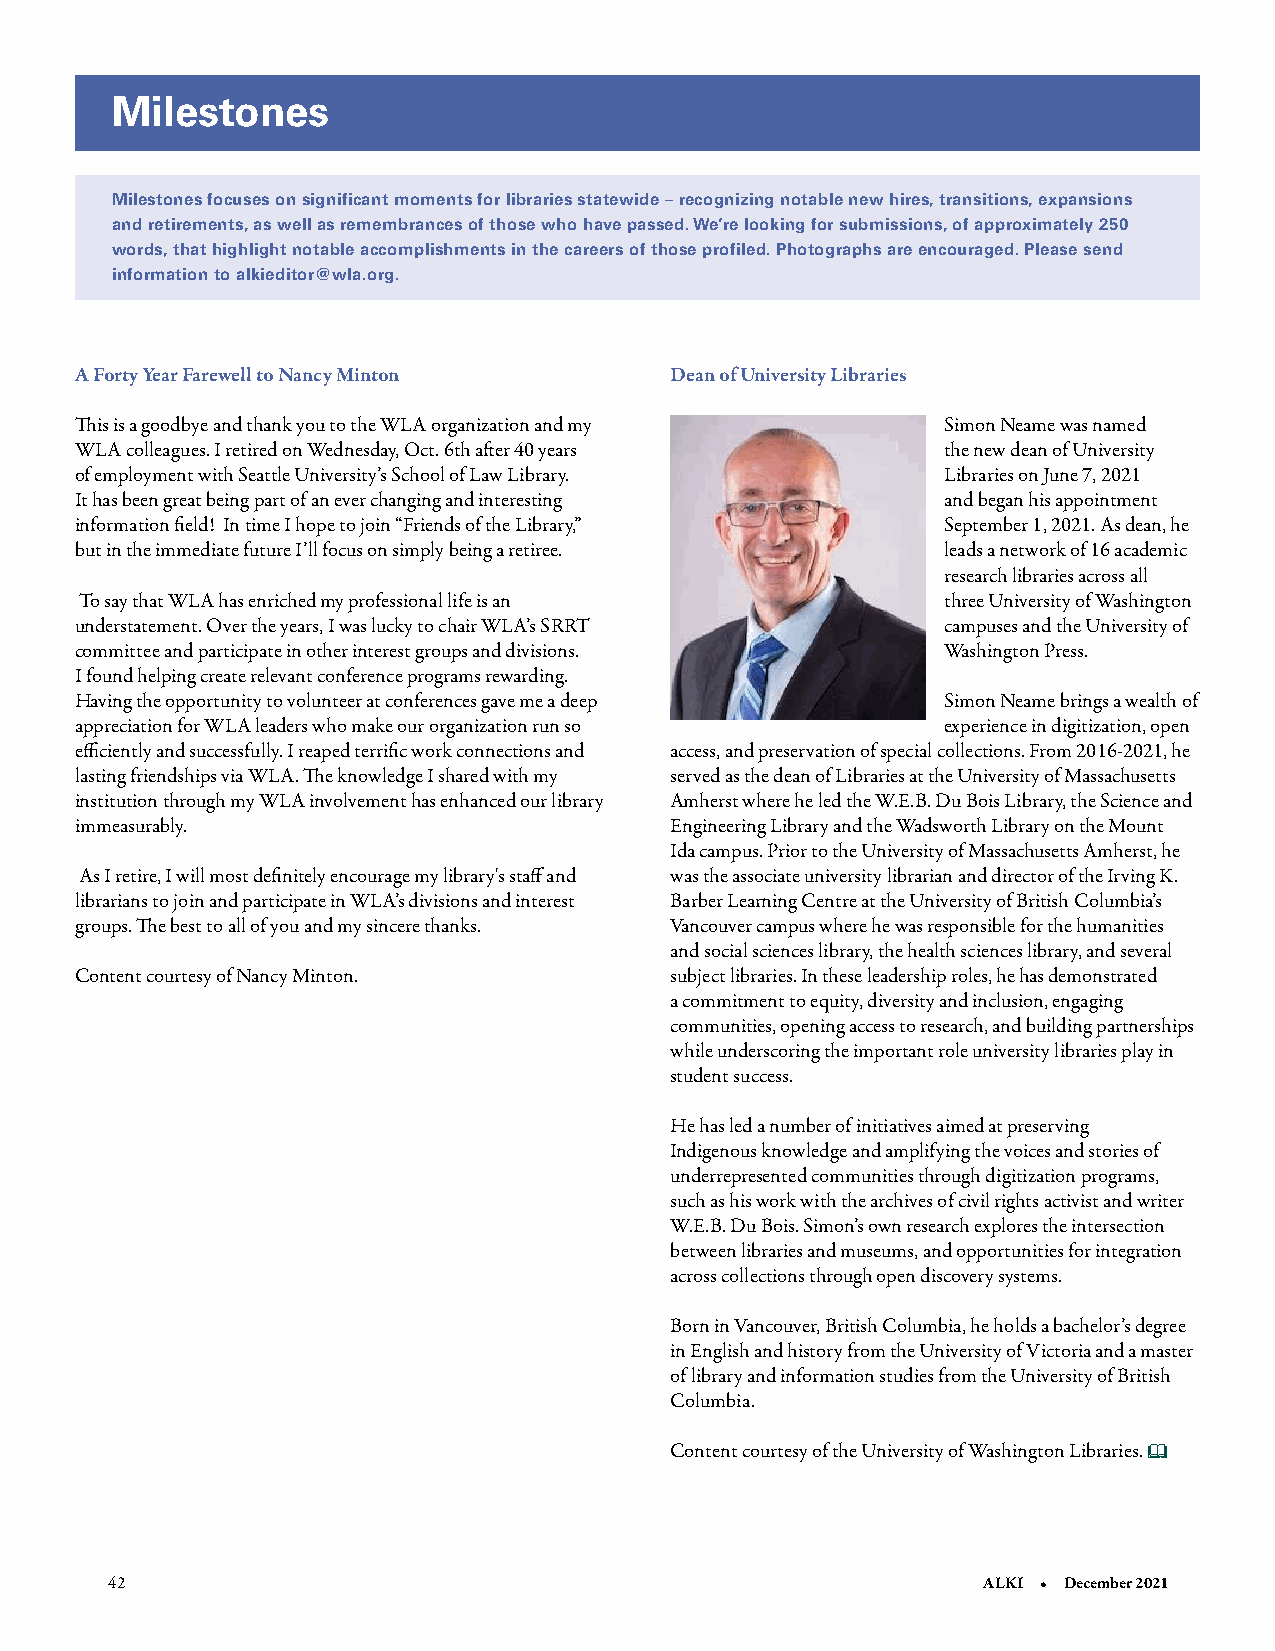
Milestones
 Milestones focuses on significant moments for libraries statewide – recognizing notable new hires, transitions, expansions
 and retirements, as well as remembrances of those who have passed. We’re looking for submissions, of approximately 250
 words, that highlight notable accomplishments in the careers of those profiled. Photographs are encouraged. Please send
 information to alkieditor@wla.org.
 A Forty Year Farewell to Nancy Minton  Dean of University Libraries
 This is a goodbye and thank you to the WLA organization and my Simon Neame was named
 WLA colleagues. I retired on Wednesday, Oct. 6th after 40 years the new dean of University
 of employment with Seattle University’s School of Law Library. Libraries on June 7, 2021
 It has been great being part of an ever changing and interesting and began his appointment
 information field! In time I hope to join “Friends of the Library,” September 1, 2021. As dean, he
 but in the immediate future I’ll focus on simply being a retiree. leads a network of 16 academic
 research libraries across all
 To say that WLA has enriched my professional life is an   three University of Washington
 understatement. Over the years, I was lucky to chair WLA’s SRRT campuses and the University of
 committee and participate in other interest groups and divisions. Washington Press.
 I found helping create relevant conference programs rewarding.
 Having the opportunity to volunteer at conferences gave me a deep Simon Neame brings a wealth of
 appreciation for WLA leaders who make our organization run so experience in digitization, open
 efficiently and successfully. I reaped terrific work connections and access, and preservation of special collections. From 2016-2021, he
 lasting friendships via WLA. The knowledge I shared with my served as the dean of Libraries at the University of Massachusetts
 institution through my WLA involvement has enhanced our library Amherst where he led the W.E.B. Du Bois Library, the Science and
 immeasurably.                          Engineering Library and the Wadsworth Library on the Mount
 Ida campus. Prior to the University of Massachusetts Amherst, he
 As I retire, I will most definitely encourage my library's staff and was the associate university librarian and director of the Irving K.
 librarians to join and participate in WLA’s divisions and interest Barber Learning Centre at the University of British Columbia’s
 groups. The best to all of you and my sincere thanks. Vancouver campus where he was responsible for the humanities
 and social sciences library, the health sciences library, and several
 Content courtesy of Nancy Minton.      subject libraries. In these leadership roles, he has demonstrated
 a commitment to equity, diversity and inclusion, engaging
 communities, opening access to research, and building partnerships
 while underscoring the important role university libraries play in
 student success.
 He has led a number of initiatives aimed at preserving
 Indigenous knowledge and amplifying the voices and stories of
 underrepresented communities through digitization programs,
 such as his work with the archives of civil rights activist and writer
 W.E.B. Du Bois. Simon’s own research explores the intersection
 between libraries and museums, and opportunities for integration
 across collections through open discovery systems.
 Born in Vancouver, British Columbia, he holds a bachelor’s degree
 in English and history from the University of Victoria and a master
 of library and information studies from the University of British
 Columbia.
 Content courtesy of the University of Washington Libraries. 
 42                                                        ALKI • December 2021